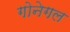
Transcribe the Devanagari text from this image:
गोनेगल